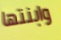
وابنتها